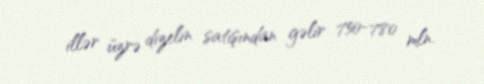
illər üzrə dizelin satışından gəlir 750-780 mln.